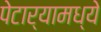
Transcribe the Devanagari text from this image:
पेटार्‍यामध्ये